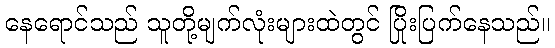
နေရောင်သည် သူတို့မျက်လုံးများထဲတွင် ပြိုးပြက်နေသည်။